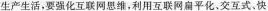
生产生活，要强化互联网恩维，利用互联网扁平化、交互式。快